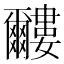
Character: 𱭌